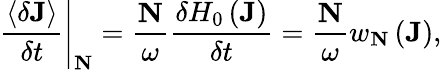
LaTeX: \left.\frac{\left\langle\delta\mathbf{J}\right\rangle}{\delta t}\right|_{\mathbf{N}}=\frac{\mathbf{N}}{\omega}\frac{\delta H_{0}\left(\mathbf{J}\right)}{\delta t}=\frac{\mathbf{N}}{\omega}w_{\mathbf{N}}\left(\mathbf{J}\right),